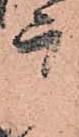
广